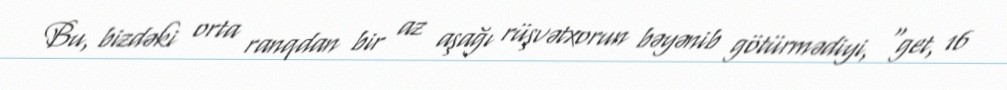
Bu, bizdəki orta ranqdan bir az aşağı rüşvətxorun bəyənib götürmədiyi, “get, 16